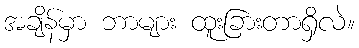
အချိန်မှာ ဘာများ ထူးခြားတာရှိလဲ။